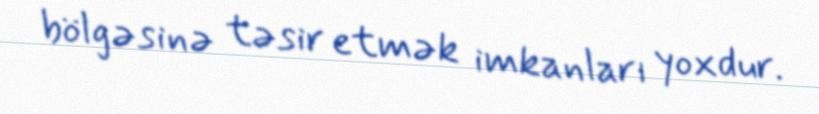
bölgəsinə təsir etmək imkanları yoxdur.